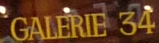
GALERIE 34